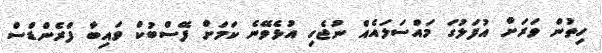
ހިތުން ވަރަށް އުފަލުގަ މައްސަލައެއް ނުޖެހި އުޅެވޭނެ ކަމަށް ފޭސްބުކް ވައިބާ ފްރެންޑްސް